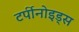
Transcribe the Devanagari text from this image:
टर्पीनोइड्स